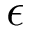
\epsilon